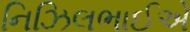
નિઝિલભાઈએ